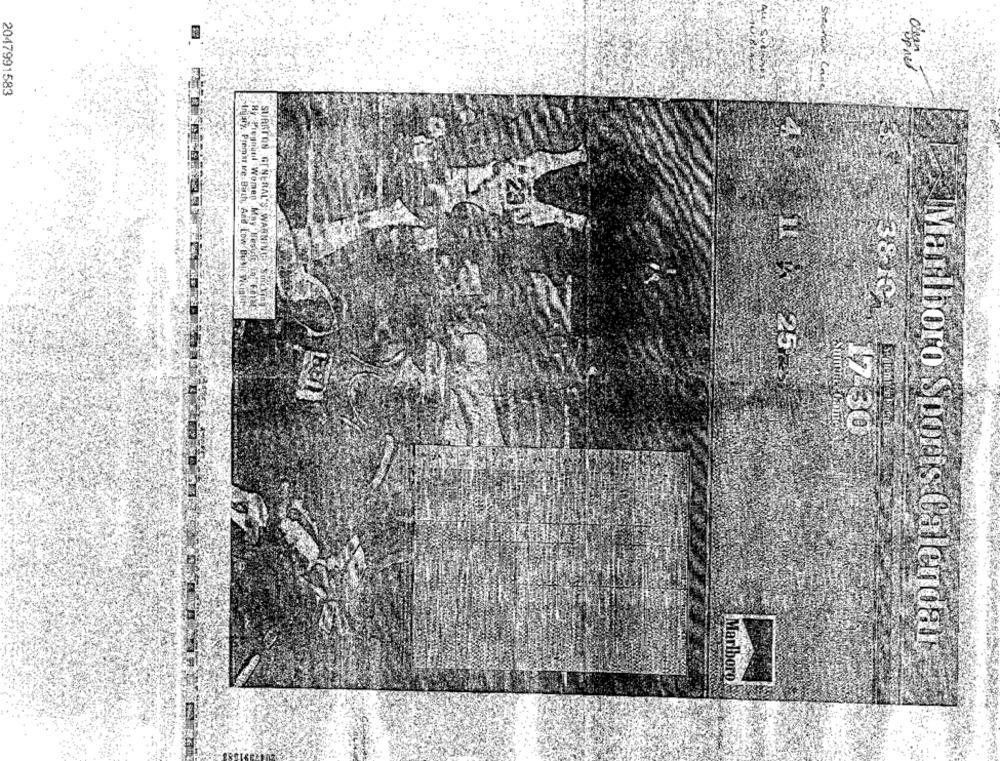
2047991583
3810
In ary, Premar.ve-Buchy Aad Low Buyleviciaur'S
SURGEON GENERAL'S WARNING SIRENIS
25
17.30
Marlboro Sports Calendar
Marlboro